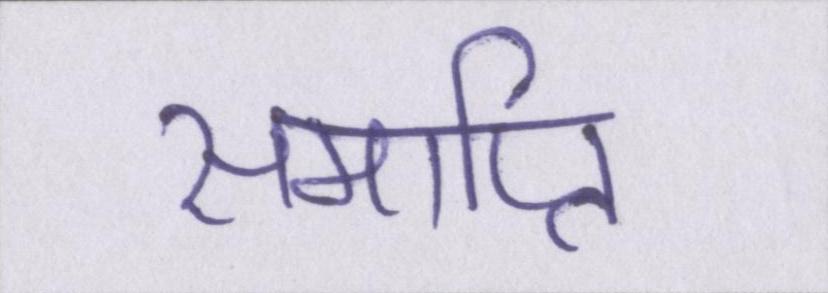
समाप्ति